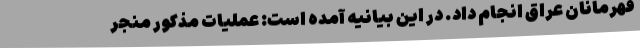
قهرمانان عراق انجام داد. در این بیانیه آمده است: عملیات مذکور منجر